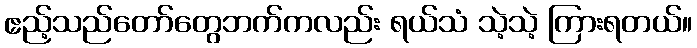
ဧည့်သည်တော်တွေဘက်ကလည်း ရယ်သံ သဲ့သဲ့ ကြားရတယ်။